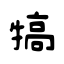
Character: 犒